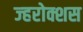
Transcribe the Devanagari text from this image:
ज्हरोक्शस